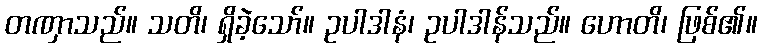
တဏှာသည်။ သတိ၊ ရှိခဲ့သော်။ ဥပါဒါနံ၊ ဥပါဒါန်သည်။ ဟောတိ၊ ဖြစ်၏။